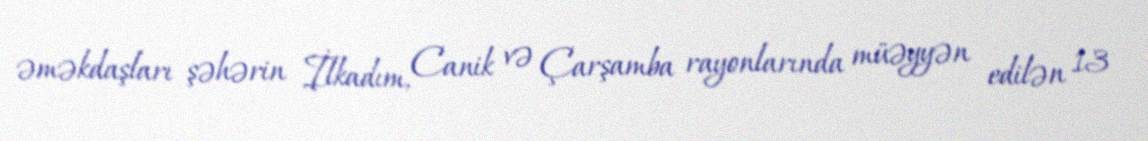
əməkdaşları şəhərin İlkadım, Canik və Çarşamba rayonlarında müəyyən edilən 13